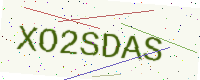
Text: XO2SDAS